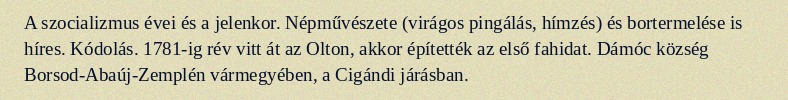
A szocializmus évei és a jelenkor. Népművészete (virágos pingálás, hímzés) és bortermelése is híres. Kódolás. 1781-ig rév vitt át az Olton, akkor építették az első fahidat. Dámóc község Borsod-Abaúj-Zemplén vármegyében, a Cigándi járásban.